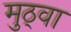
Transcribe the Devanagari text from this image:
मुठ्वा